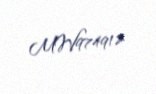
MW974912